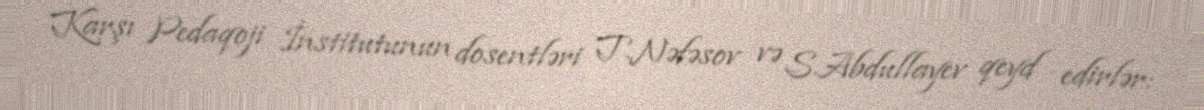
Karşı Pedaqoji İnstitutunun dosentləri T.Nəfəsov və S.Abdullayev qeyd edirlər: